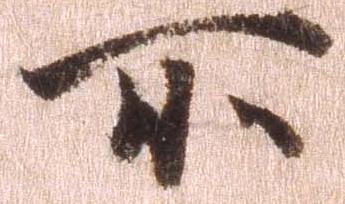
所